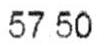
57.50